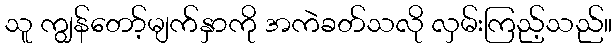
သူ ကျွန်တော့်မျက်နှာကို အကဲခတ်သလို လှမ်းကြည့်သည်။